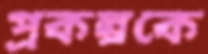
প্রকল্পকে